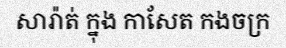
សារ៉ាត់ ក្នុង កាសែត កងចក្រ